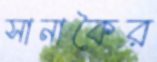
সানাকৈর